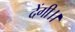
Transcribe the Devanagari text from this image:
देंगी।।